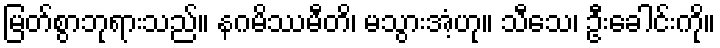
မြတ်စွာဘုရားသည်။ နဂမိဿမီတိ၊ မသွားအံ့ဟု။ သီသေ၊ ဦးခေါင်းကို။